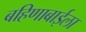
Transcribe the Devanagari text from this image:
बहिणाबाईला